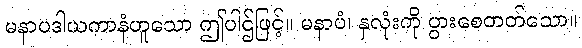
မနာပဒါယကာနံဟူသော ဤပါဌ်ဖြင့်။ မနာပံ၊ နှလုံးကို ပွားစေတတ်သော။